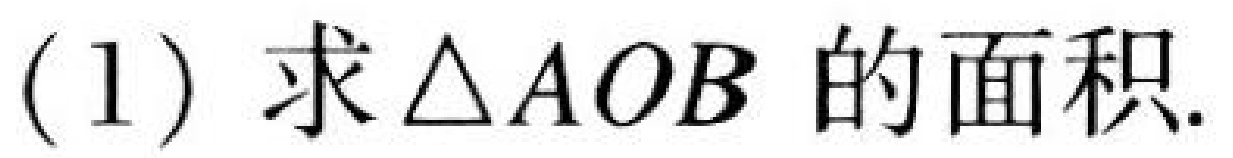
(1) 求\(\triangle AOB\)的面积.